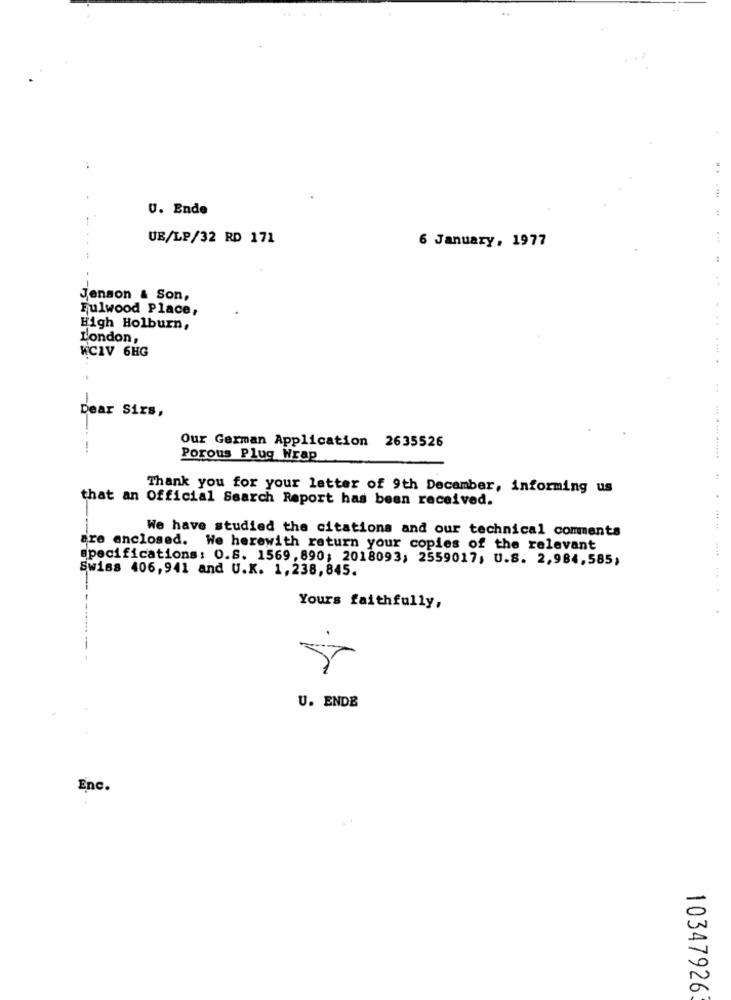
U. Ende
UB/LP/32 RD 171
6 January, 1977
Jenson & Son,
Fulwood Place,
High Holburn,
London,
WCIV 6HG
..
Dear Sirs,
Our German Application 2635526
Porous Plug Wrap
Thank you for your letter of 9th December, informing us
that an Official Search Report has been received.
We have studied the citations and our technical comments
are anclosed. We herewith return your copies of the relevant
specifications: 0.8. 1569, 890; 2018093; 2559017, U.S. 2,984,585;
Swiss 406,941 and U.K. 1,238,845.
Yours faithfully,
U. ENDE
Enc.
10347926